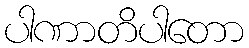
ပါဏာတိပါတော